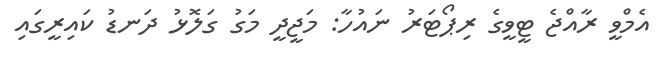
އެމްވީ ރާއްޖެ ޓީވީގެ ރިޕޯޓަރު ނައުހާ: މަޖީދީ މަގު ގަލޮޅު ދަނޑު ކައިރީގައި